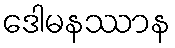
ဒေါမနဿာန